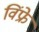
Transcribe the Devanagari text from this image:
विंफ्रे